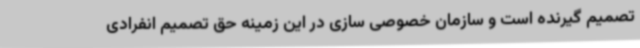
تصمیم گیرنده است و سازمان خصوصی سازی در این زمینه حق تصمیم انفرادی